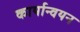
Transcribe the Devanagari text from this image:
कार्यान्‍वयन